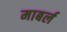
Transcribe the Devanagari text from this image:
माबर्ल